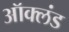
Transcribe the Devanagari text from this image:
ऑक्लंड